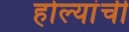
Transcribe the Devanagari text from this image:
होल्यांची